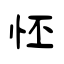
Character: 怌